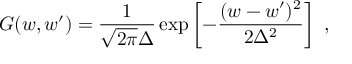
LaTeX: G ( w , w ^ { \prime } ) = { \frac { 1 } { \sqrt { 2 \pi } \Delta } } \exp \left[ - { \frac { ( w - w ^ { \prime } ) ^ { 2 } } { 2 \Delta ^ { 2 } } } \right] \ ,